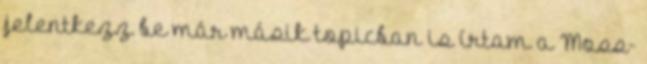
jelentkezz be már másik topicban is írtam a Moss-